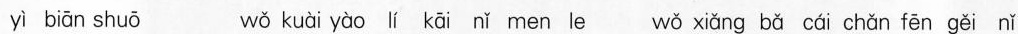
yì biān shuō wǒ kuài yào lí kāi nǐ men le wǒ xiǎng bǎ cái chǎn fēn gěi nǐ